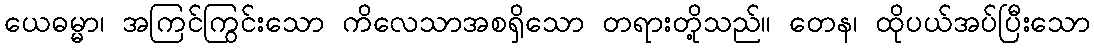
ယေဓမ္မာ၊ အကြင်ကြွင်းသော ကိလေသာအစရှိသော တရားတို့သည်။ တေန၊ ထိုပယ်အပ်ပြီးသော